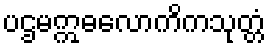
ပဌမဣဓလောကိကသုတ္တံ